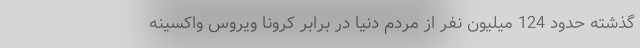
گذشته حدود 124 میلیون نفر از مردم دنیا در برابر کرونا ویروس واکسینه